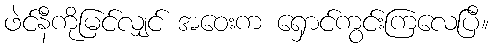
ဖဲင်နီကိုမြင်လျှင် အဝေးက ရှောင်ကွင်းကြလေပြီ။